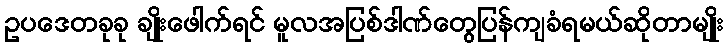
ဥပဒေတခုခု ချိုးဖေါက်ရင် မူလအပြစ်ဒါဏ်တွေပြန်ကျခံရမယ်ဆိုတာမျိုး